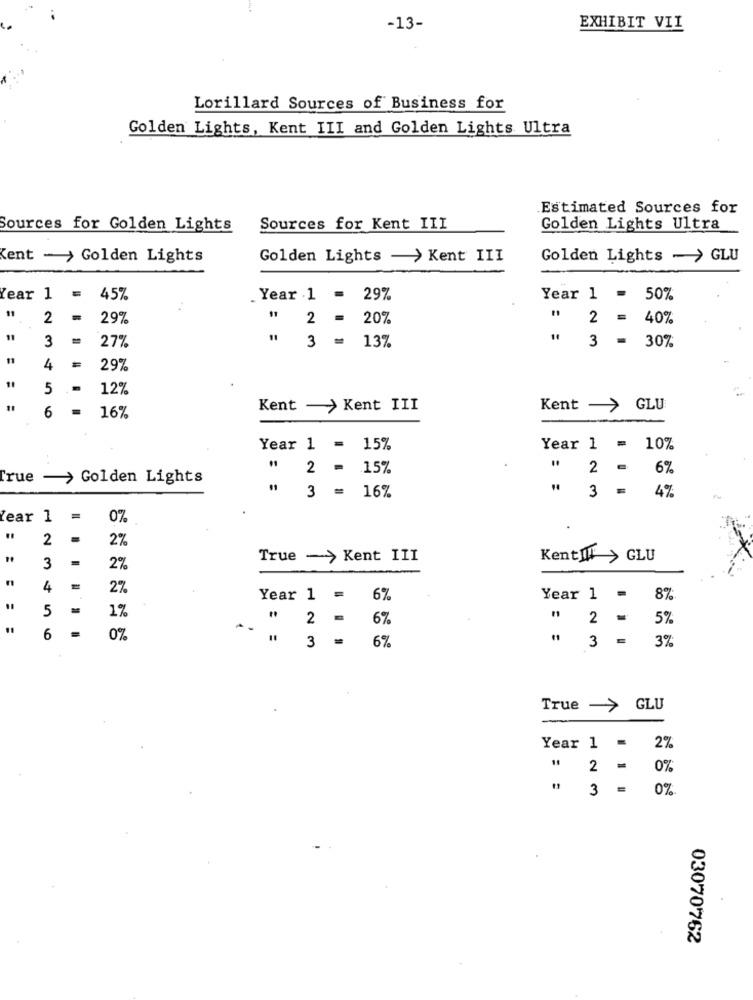
-13-
EXHIBIT VII
Lorillard Sources of Business for
Golden Lights, Kent III and Golden Lights Ultra
Estimated Sources for
Sources for Golden Lights
Sources for Kent III
Golden Lights Ultra
Kent - > Golden Lights
Golden Lights -> Kent III
Golden Lights - > GLU
Year 1 =
45%
Year .1 -
29%
Year 1 -
50%
19
2
29%
2 =
20%
2 =
40%
11
3
27%
11
3 =
137
3 =
30%
4
29%
11
5
12%
Kent - > Kent III
Kent - > GLU
6
16%
Year 1 =
15%
Year 1 = 10%
2 -
15%
2 -
6%
True -> Golden Lights
3 =
16%
4%
3 =
Year 1
0%
2
2%
True -> Kent III
KentIII > GLU
3
2%
4
2%
Year 1 =
6%
Year 1 =
87
5
1%
2 =
6%
" 2 =
5%
6
0%
6%
3%
3 =
# 3 =
True - > GLU
Year 1 -
2%
0%
3 = 0%
03070762